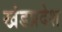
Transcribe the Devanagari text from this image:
खंडप्रदेश